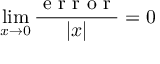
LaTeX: \operatorname* { l i m } _ { x \to 0 } { \frac { \textrm { e r r o r } } { | x | } } = 0